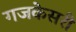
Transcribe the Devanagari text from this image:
गजकेसरी